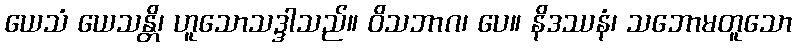
ယေသံ ယေသန္တိ၊ ဟူသောသဒ္ဒါသည်။ ဝိသဘာဂ၊ ပေ။ နိဒဿနံ၊ သဘောမတူသော